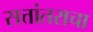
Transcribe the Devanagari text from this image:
सत्तांतराचा